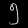
Digit: ၅